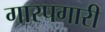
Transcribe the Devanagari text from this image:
गारपगारी